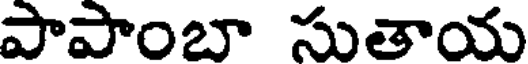
పాపాంబా సుతాయ